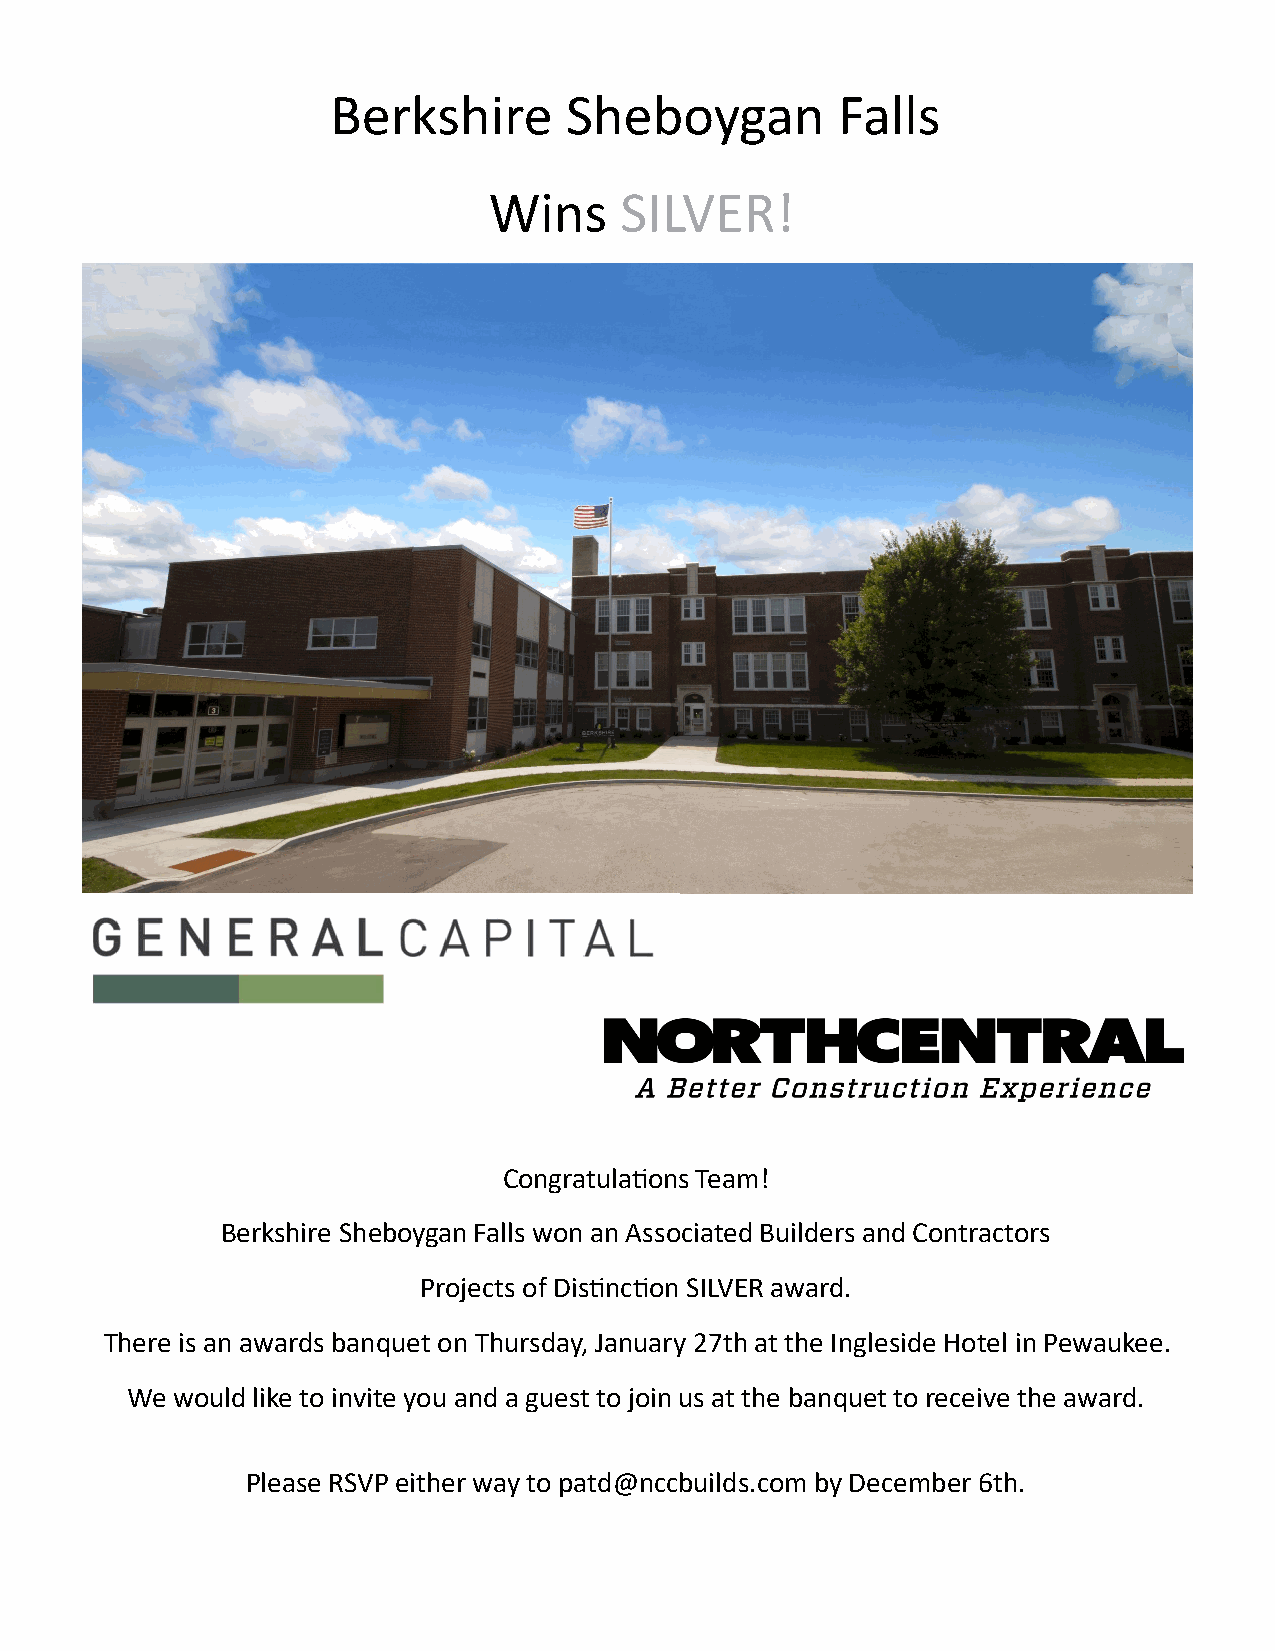
Berkshire      Sheboygan         Falls
 Wins     SILVER!
 Congratulations Team!
 Berkshire Sheboygan Falls won an Associated Builders and Contractors
 Projects of Distinction SILVER award.
 There is an awards banquet on Thursday, January 27th at the Ingleside Hotel in Pewaukee.
 We would like to invite you and a guest to join us at the banquet to receive the award.
 Please RSVP either way to patd@nccbuilds.com by December 6th.